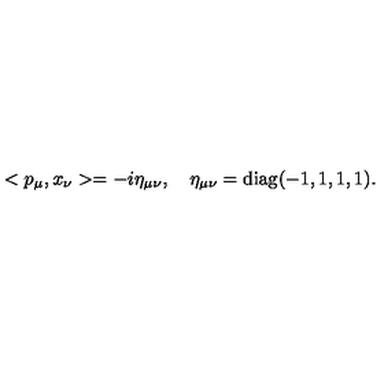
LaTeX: < p _ { \mu } , x _ { \nu } > = - i \eta _ { \mu \nu } , \quad \eta _ { \mu \nu } = \mathrm { d i a g } ( - 1 , 1 , 1 , 1 ) .